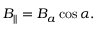
B _ { | | } = B _ { a } \cos \alpha .